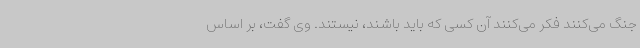
جنگ می‌کنند فکر می‌کنند آن کسی که باید باشند، نیستند. وی گفت، بر اساس